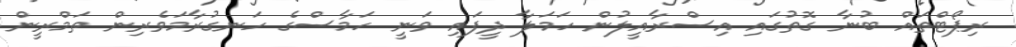
ރިޕޯޓްތައް ބުނާ ގޮތުގައި އިސްރާއީލުން ހަމަލާ ދީފައި ވަނީ ހަމާސްގެ ހަނގުރާމަވެރިން ތަމްރީން